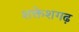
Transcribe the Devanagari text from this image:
शक्तेशगढ़